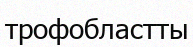
трофобластты